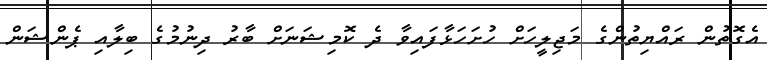
އެގޮތުން ރައްޔިތުންގެ މަޖިލީހަށް ހުށަހަޅާފައިވާ ދެ ކޮމިޝަނަށް ބާރު ދިނުމުގެ ބިލާއި ޕެންޝަން